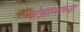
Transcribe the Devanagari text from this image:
नोझल्सच्या